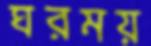
ঘরময়